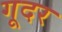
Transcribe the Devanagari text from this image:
गूदर